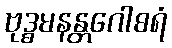
ဗုဒ္ဓမနန္တဂေါစရံ